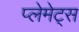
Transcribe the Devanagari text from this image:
प्लेमेट्स